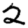
Digit: 2